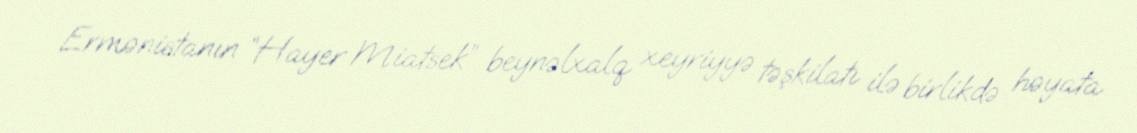
Ermənistanın “Hayer Miatsek” beynəlxalq xeyriyyə təşkilatı ilə birlikdə həyata